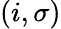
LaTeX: (i,\sigma)